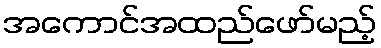
အကောင်အထည်ဖော်မည့်